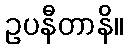
ဥပနီတာနိ။